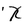
Character: X